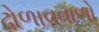
ઢોળાવવાળો